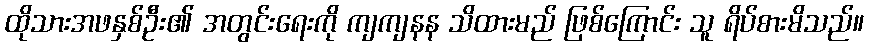
ထိုသားအဖနှစ်ဦး၏ အတွင်းရေးကို ကျကျနန သိထားမည် ဖြစ်ကြောင်း သူ ရိပ်စားမိသည်။